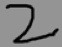
2